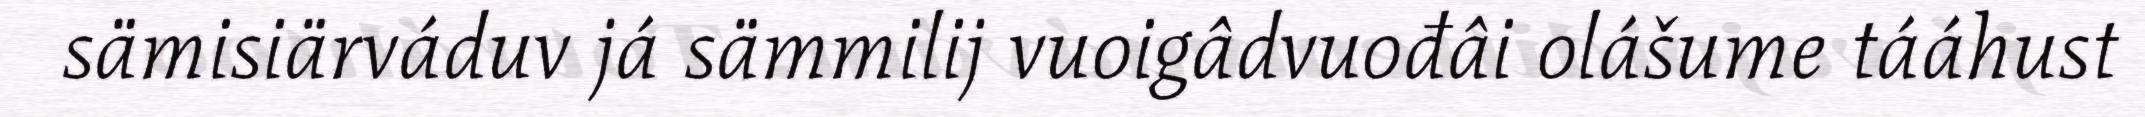
sämisiärváduv já sämmilij vuoigâdvuođâi olášume tááhust